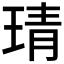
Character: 𤦭